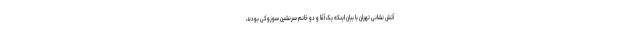
آتش نشانی تهران با بیان اینکه یک آقا و دو خانم سرنشین سوزوکی بودند،